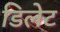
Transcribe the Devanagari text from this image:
डिलेट